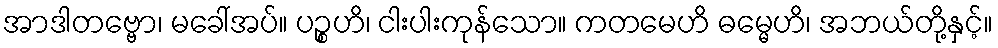
အာဒါတဗ္ဗော၊ မခေါ်အပ်။ ပဉ္စဟိ၊ ငါးပါးကုန်သော။ ကတမေဟိ ဓမ္မေဟိ၊ အဘယ်တို့နှင့်။